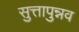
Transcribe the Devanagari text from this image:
सुत्तापुन्नव